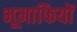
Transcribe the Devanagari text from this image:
भूमाफियों